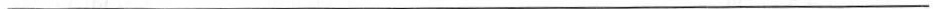
___